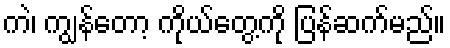
ကဲ၊ ကျွန်တော့ ကိုယ်တွေ့ကို ပြန်ဆက်မည်။